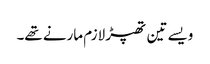
ویسے تین تھپڑ لازم مارنے تھے۔